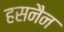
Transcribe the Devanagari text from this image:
हसनैन